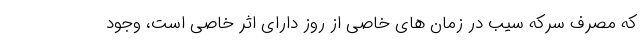
که مصرف سرکه سیب در زمان های خاصی از روز دارای اثر خاصی است، وجود